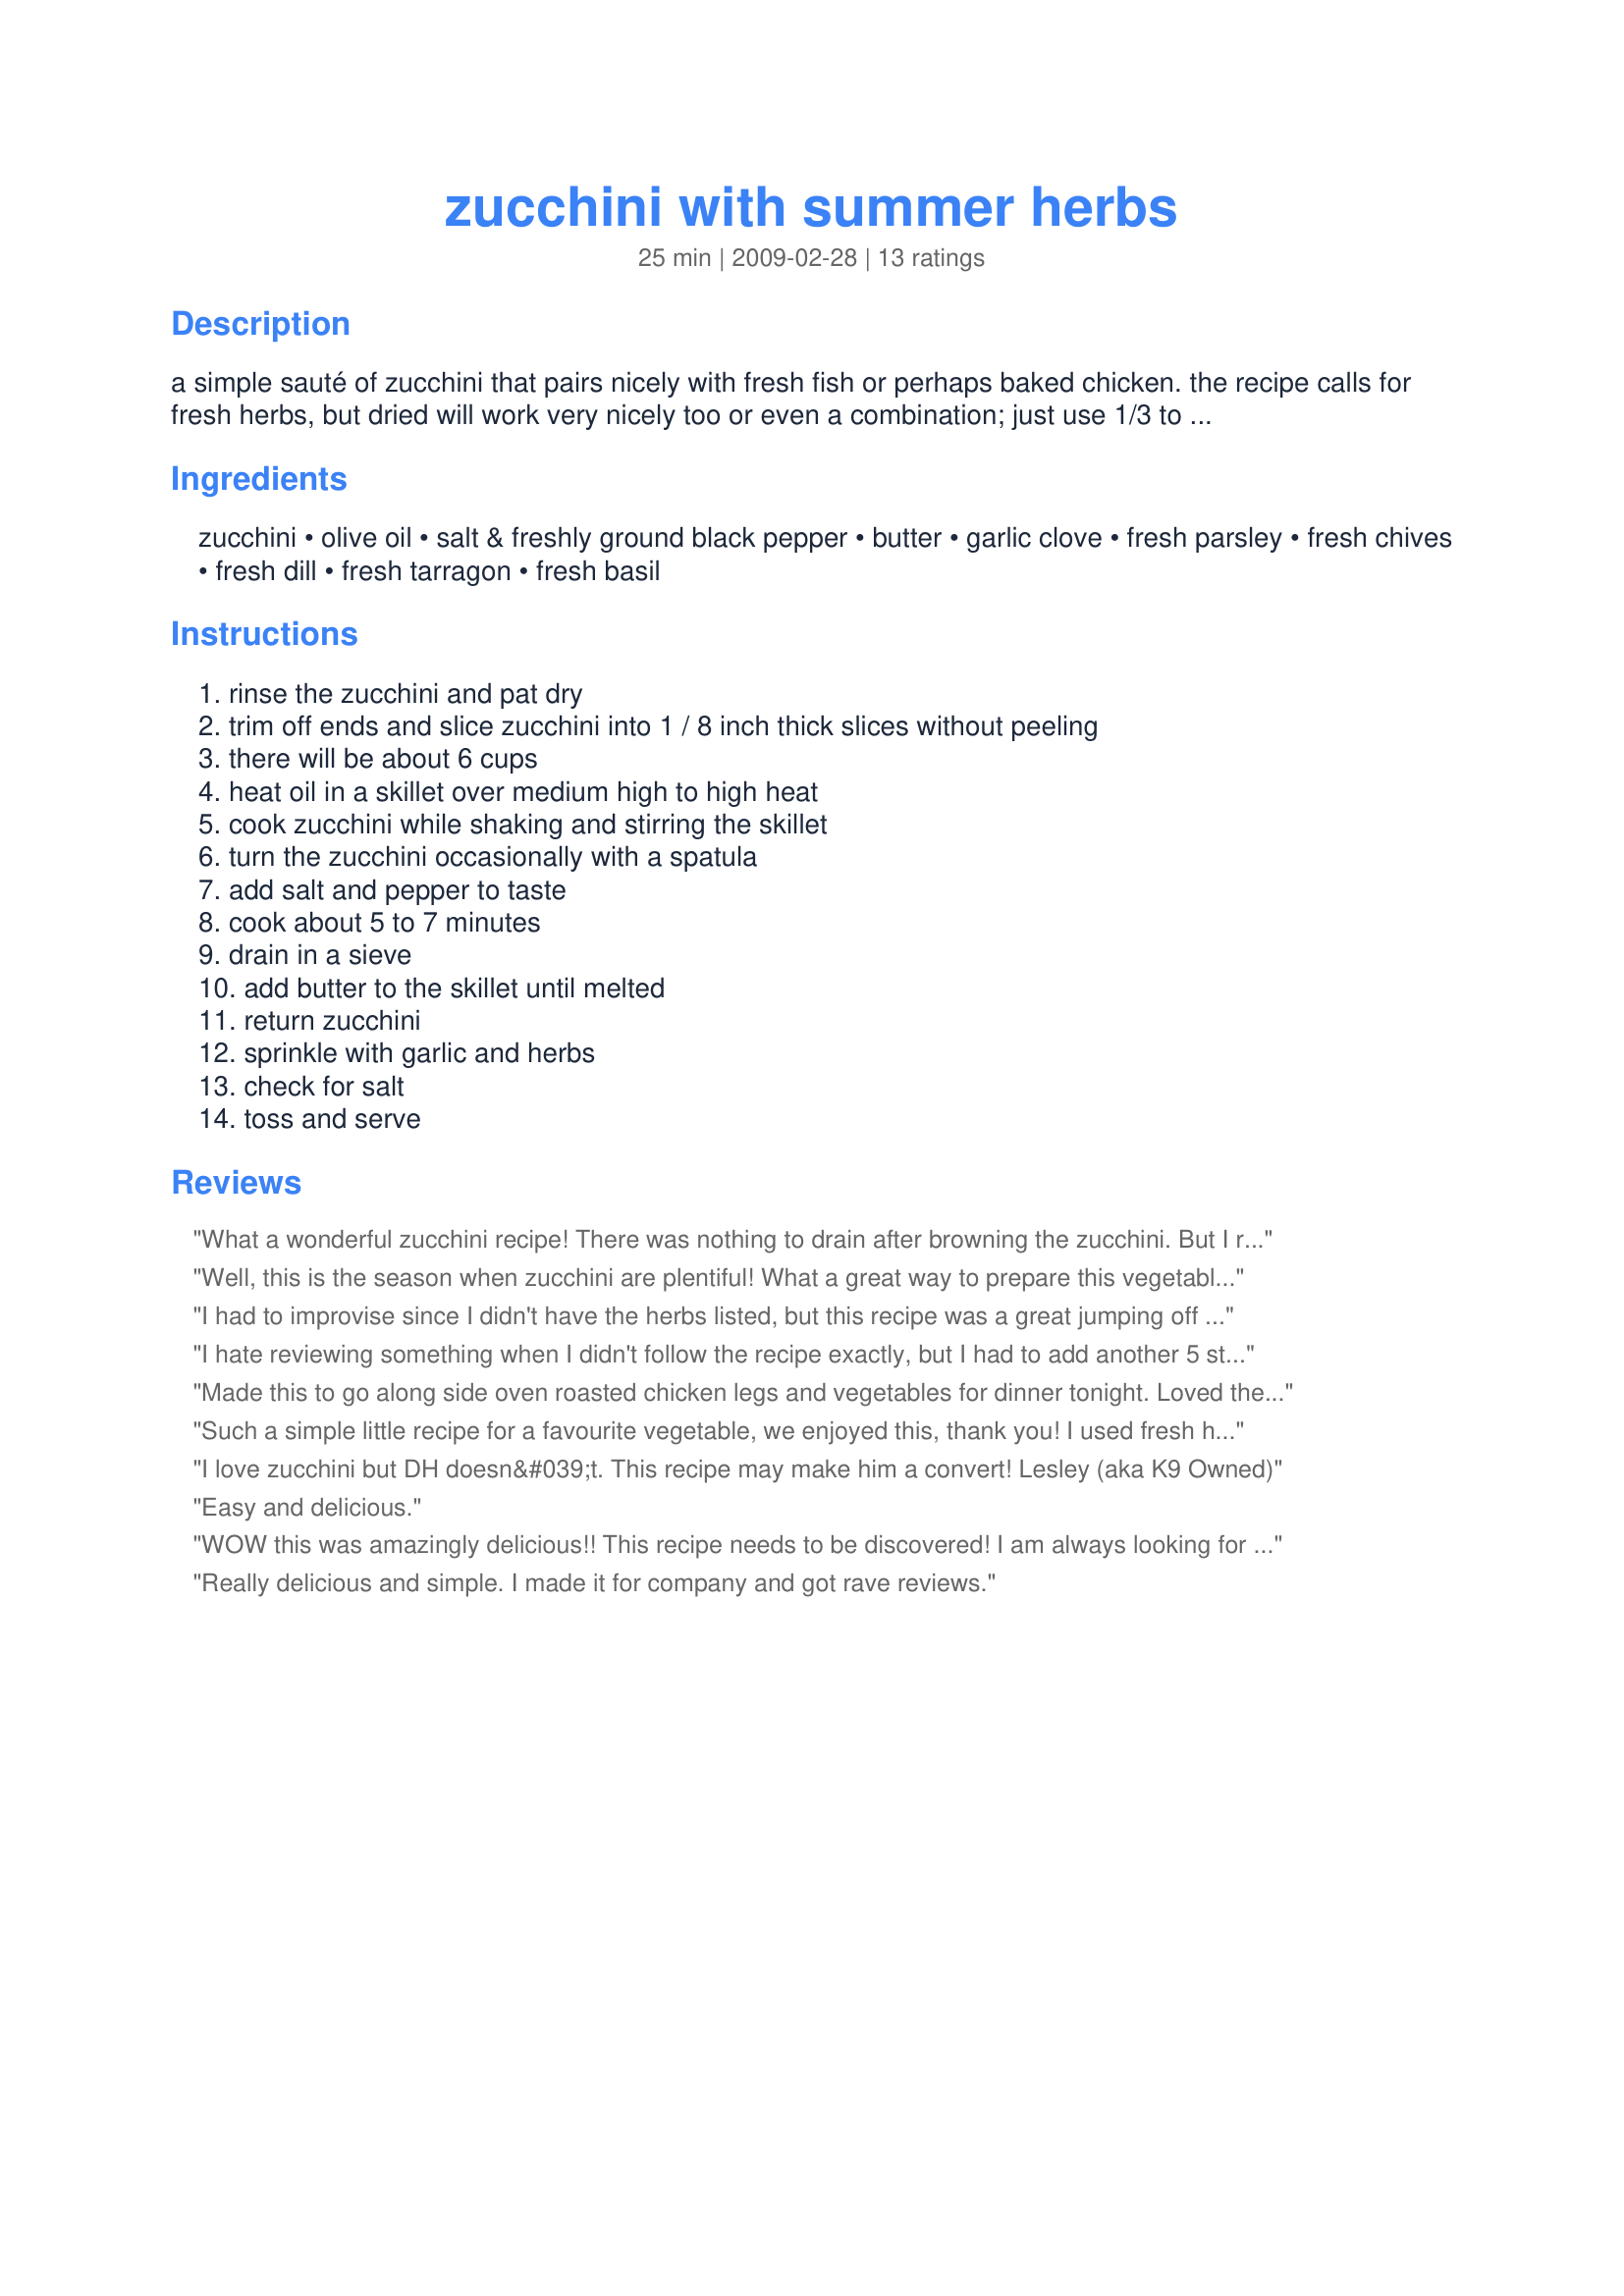
zucchini with summer herbs
Preparation time: 25 minutes

a simple sauté of zucchini that pairs nicely with fresh fish or perhaps baked chicken. the recipe calls for fresh herbs, but dried will work very nicely too or even a combination; just use 1/3 to 1/2 of the fresh amounts.

Ingredients:
zucchini, olive oil, salt & freshly ground black pepper, butter, garlic clove, fresh parsley, fresh chives, fresh dill, fresh tarragon, fresh basil

Steps:
rinse the zucchini and pat dry, trim off ends and slice zucchini into 1 / 8 inch thick slices without peeling, there will be about 6 cups, heat oil in a skillet over medium high to high heat, cook zucchini while shaking and stirring the skillet, turn the zucchini occasionally with a spatula, add salt and pepper to taste, cook about 5 to 7 minutes, drain in a sieve, add butter to the skillet until melted, return zucchini, sprinkle with garlic and herbs, check for salt, toss and serve

Reviews:
What a wonderful zucchini recipe! There was nothing to drain after browning the zucchini. But I removed it from the pan and sauteed the garlic in the melted butter before putting the zuc back in. DH loved it, too. Thanks, 3! made for CQ2015 - LBOB
Well, this is the season when zucchini are plentiful! What a great way to prepare this vegetable. I had all the fresh herbs, which blended together nicely. Thanks for sharing! Made for Culinary Quest 2015 by a Toasted Tourist.
I had to improvise since I didn't have the herbs listed, but this recipe was a great jumping off point. I used dried Italian herbs and added a sauteed onion and 5 chopped garlic cloves. The butter at the end gave it a wonderful sweet taste. Easy and quick. I'll definitely make this again and again.
I hate reviewing something when I didn't follow the recipe exactly, but I had to add another 5 stars because the combination of the herbs was FANTASTIC! (And I DID follow the herbs listed, just used dry, which worked well.) I used coconut oil, rather than olive, which was extra delicious, and I still used the butter...YUM! Also, I left the liquid because I made it our main course by adding other veggies and served it with a brown rice/quinoa mix..the liquid was amazing over the rice. My husband and I LOVED it (kids didn't as much, but I used veggies they don't normally go for anyway)! It's going into the 'keeper' file for sure!!!
Made this to go along side oven roasted chicken legs and vegetables for dinner tonight. Loved the flavor of the herbs combined with the zucchini! I did use a combination of 2 zucchini and 2 yellow summer squash, as that is what I had on hand. And even though I am a garlic lover, I did omit it only because I wanted the flavor of the fresh herbs to really stand out. Thanks so much for sharing this recipe...it is a must for gardeners who end up with more zucchini then they know what to do with. Made and reviewed for the August 2011 AUS/NZ Recipe Swap Game.
Such a simple little recipe for a favourite vegetable, we enjoyed this, thank you! I used fresh herbs, some bought, most from the garden. Lovely! made for QUEST 2015 (Canada)
I love zucchini but DH doesn&#039;t. This recipe may make him a convert!
Lesley (aka K9 Owned)
Easy and delicious.
WOW this was amazingly delicious!! This recipe needs to be discovered! I am always looking for recipes that have not been rated and always looking for veggie sides to go with our meals, and I found this. So happy I gave it a go, because it is fantastic! I used all fresh herbs from my garden, the best way to go.
Thank you so much for posting a simple and delicious side that i will make again.
Really delicious and simple. I made it for company and got rave reviews.
Another great veggie recipe! I cut the recipe in half and had to use dried herbs. It was still very good. I left out the tarragon because I never use it. Made for Fall PAC 2011.
Summer freshness comes together to make a side that goes just about any summer meal. Made using all fresh herbs, did leave out the tarragon as I forgot to buy it. Thanks for the post.
good with grilled pork for sure...and BBQ sloppy Joes, too. I did use minimal olive oil in a teflon pan having sliced the zuchinnis earlier tossing the slices in the herbs and let them "mellow" in the fridge for an hour or more. I put them in the hot skillet with a spray of pam...and added the butter in about 6 min. Also, sprinkled just a little fresh grated parmesan on them - no complainst from anyone! :)
